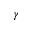
\gamma